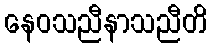
နေဝသညီနာသညီတိ